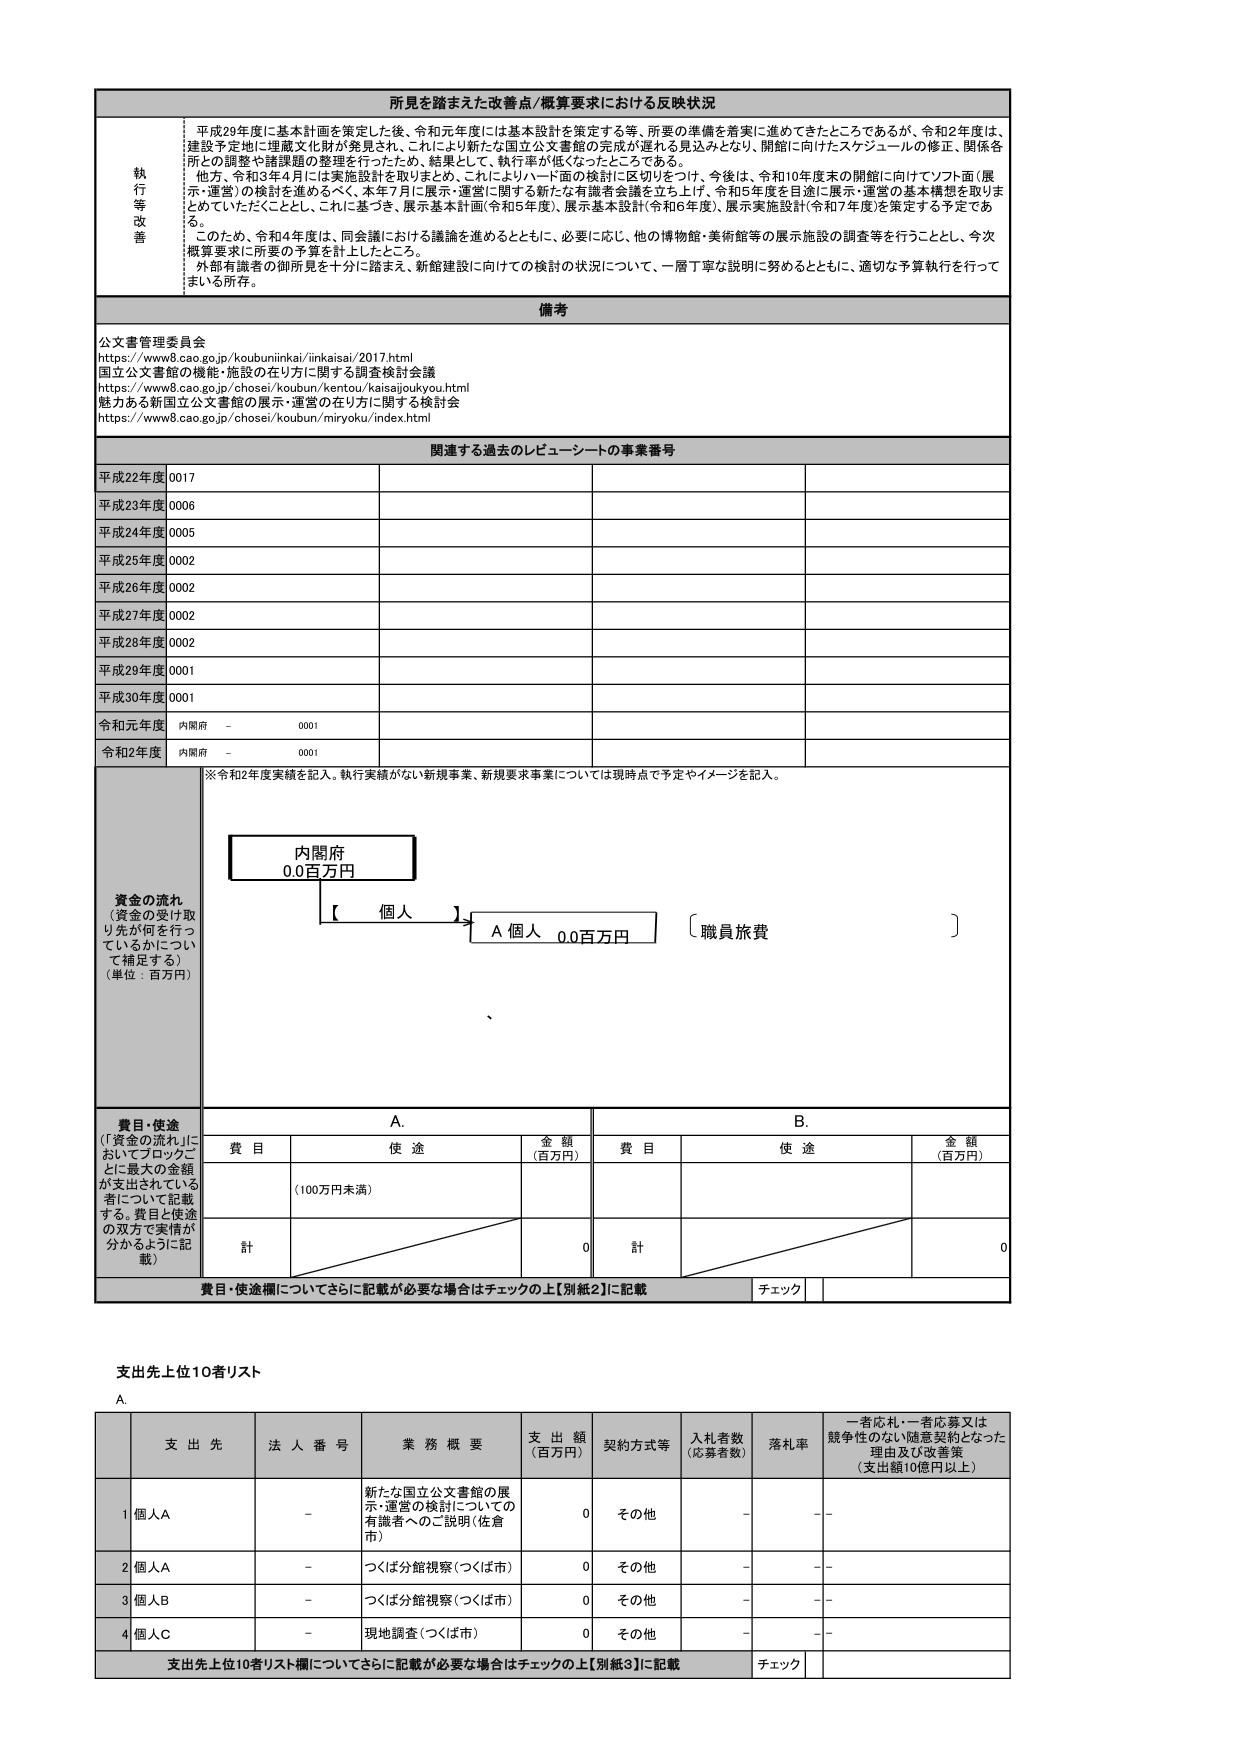
所見を踏まえた改善点/概算要求における反映状況

執行等改善
平成29年度に基本計画を策定した後、令和元年度には基本設計を策定する等、所要の準備を着実に進めてきたところであるが、令和2年度は、建設予定地に埋蔵文化財が発見され、これにより新たな国立公文書館の完成が遅れる見込みとなり、開館に向けたスケジュールの修正、関係各所との調整や諸課題の整理を行ったため、結果として、執行率が低くなったところである。
他方、令和3年4月には実施設計を取りまとめ、これによりハード面の検討に区切りをつけ、今後は、令和10年度末の開館に向けてソフト面（展示・運営）の検討を進めるべく、本年7月に展示・運営に関する新たな有識者会議を立ち上げ、令和5年度を目途に展示・運営の基本構想を取りまとめめていただくこととし、これに基づき、展示基本計画（令和5年度）、展示基本設計（令和6年度）、展示実施設計（令和7年度）を策定する予定である。
このため、令和4年度は、同会議における議論を進めるとともに、必要に応じ、他の博物館・美術館等の展示施設の調査等を行うこととし、今次概算要求に所要の予算を計上したところ。
外部有識者の御所見を十分に踏まえ、新館建設に向けての検討の状況について、一層丁寧な説明に努めるとともに、適切な予算執行を行ってまいる所存。

備考
公文書管理委員会
https://www8.cao.go.jp/koubuninikai/inkaisai/2017.html
国立公文書館の機能・施設の在り方に関する調査検討会議
https://www8.cao.go.jp/chosei/koubun/kentou/kaisaijoukyou.html
魅力ある新国立公文書館の展示・運営の在り方に関する検討会
https://www8.cao.go.jp/chosei/koubun/miryoku/index.html

関連する過去のレビュー・シートの事業番号
平成22年度 0017
平成23年度 0006
平成24年度 0005
平成25年度 0002
平成26年度 0002
平成27年度 0002
平成28年度 0002
平成29年度 0001
平成30年度 0001
令和元年度 内閣府 - 0001
令和2年度 内閣府 - 0001

※令和2年度実績を記入。執行実績がない新規事業、新規要求事業については現時点で予定やイメージを記入。

資金の流れ
（資金の受け取り先が何を行っているかについて補足する）
（単位：百万円）

内閣府
0.0百万円

【 個人 】→ A 個人 0.0百万円 〔 職員旅費 〕

費目・使途
（「資金の流れ」においてブロックごとに最大の金額が支出されている者について記載する。費目と使途の双方で実情が分かるように記載）

A. B.
費目 使途 金額（百万円） 費目 使途 金額（百万円）
（100万円未満）
計 0 計 0

費目・使途欄についてさらに記載が必要な場合はチェックの上【別紙2】に記載 チェック

支出先上位10者リスト
A.

支出先 法人番号 業務概要 支出額（百万円） 契約方式等 入札者数（応募者数） 落札率 一者応札・一者応募又は競争性のない随意契約となった理由及び改善策（支出額10億円以上）
1 個人A - 新たな国立公文書館の展示・運営の検討についての有識者へのご説明（佐倉市） 0 その他 - - -
2 個人A - つくば分館視察（つくば市） 0 その他 - - -
3 個人B - つくば分館視察（つくば市） 0 その他 - - -
4 個人C - 現地調査（つくば市） 0 その他 - - -

支出先上位10者リストについてさらに記載が必要な場合はチェックの上【別紙3】に記載 チェック